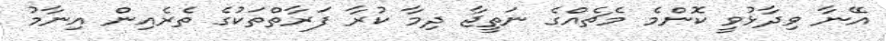
އޭނާ ވިދާޅުވީ ކޮންމެ މެޗެއްގެ ނަތީޖާ ދިމާ ކުރާ ފަރާތްތަކުގެ ތެރެއިން އިނާމު